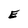
Character: E